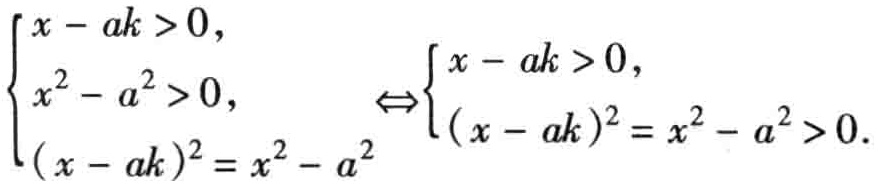
$\left\{\begin{array}{l}x - ak > 0,\\x^{2}-a^{2}>0,\\(x - ak)^{2}=x^{2}-a^{2}\end{array}\right.\Leftrightarrow\left\{\begin{array}{l}x - ak > 0,\\(x - ak)^{2}=x^{2}-a^{2}>0.\end{array}\right.$